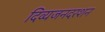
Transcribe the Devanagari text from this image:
दिव्यजनदरशन